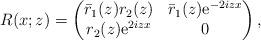
LaTeX: \begin{align*}R(x;z)=\begin{pmatrix}\bar{r}_1(z) r_2(z) & \bar{r}_1(z) \mathrm{e}^{-2iz x} \\r_2(z) \mathrm{e}^{2iz x} & 0\end{pmatrix},\end{align*}